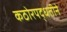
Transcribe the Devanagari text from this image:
कठोरपद्धतीने